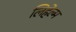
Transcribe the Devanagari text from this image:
लिहेल्म